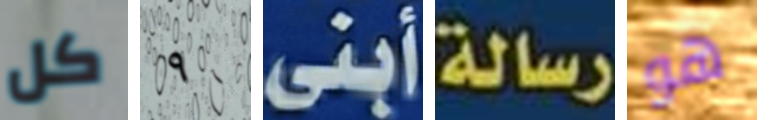
كل ٩ أبنى رسالة هو